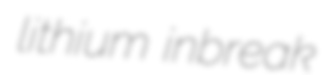
lithium inbreak